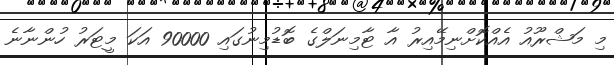
މި މަޝްރޫއު އެއްކޮށްނިމޭއިރު އާ ޓާމިނަލްގެ ބޮޑުމިނުގައި 90000 އަކަ މީޓަރު ހުންނާނެ